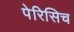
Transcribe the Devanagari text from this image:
पेरिसिच